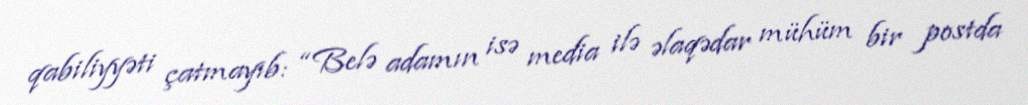
qabiliyyəti çatmayıb: “Belə adamın isə media ilə əlaqədar mühüm bir postda